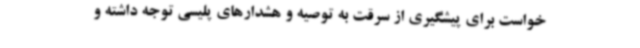
خواست برای پیشگیری از سرقت به توصیه و هشدارهای پلیسی توجه داشته و